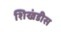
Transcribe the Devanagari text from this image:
शिखंडीस